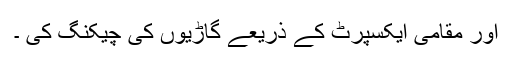
اور مقامی ایکسپرٹ کے ذریعے گاڑیوں کی چیکنگ کی ۔